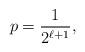
LaTeX: \begin{align*}p=\frac{1}{2^{\ell+1}},\end{align*}